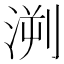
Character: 㴊